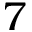
7